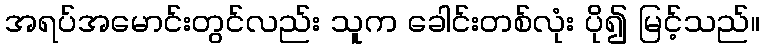
အရပ်အမောင်းတွင်လည်း သူက ခေါင်းတစ်လုံး ပို၍ မြင့်သည်။